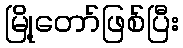
မြို့တော်ဖြစ်ပြီး